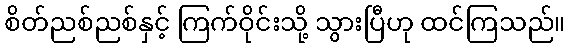
စိတ်ညစ်ညစ်နှင့် ကြက်ဝိုင်းသို့ သွားပြီဟု ထင်ကြသည်။